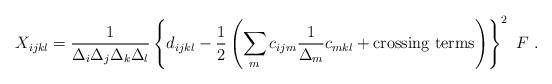
LaTeX: \begin{align*}X_{ijkl} = {1 \over \Delta_i\Delta_j\Delta_k\Delta_l}\left\{ d_{ijkl} - {1\over2} \left(\sum_m c_{ijm} {1\over \Delta_m} c_{mkl}+ \hbox{crossing terms} \right) \right\}^2 \ F\ .\end{align*}